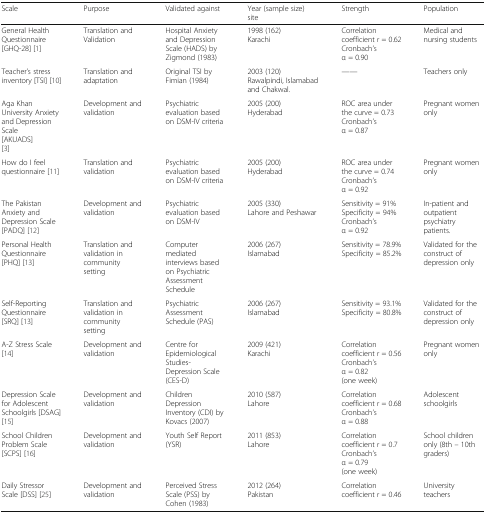
<table><thead><tr><td><b>Scale</b></td><td><b>Purpose</b></td><td><b>Validated against</b></td><td><b>Year (sample size)site</b></td><td><b>Strength</b></td><td><b>Population</b></td></tr></thead><tbody><tr><td>General Health Questionnaire [GHQ-28] [1]</td><td>Translation and Validation</td><td>Hospital Anxiety and Depression Scale (HADS) by Zigmond (1983)</td><td>1998 (162)Karachi</td><td>Correlation coefficient <i>r</i> = 0.62Cronbach’s α = 0.90</td><td>Medical and nursing students</td></tr><tr><td>Teacher’s stress inventory [TSI] [10]</td><td>Translation and adaptation</td><td>Original TSI by Fimian (1984)</td><td>2003 (120)Rawalpindi, Islamabad and Chakwal.</td><td>----</td><td>Teachers only</td></tr><tr><td>Aga Khan University Anxiety and Depression Scale[AKUADS][3]</td><td>Development and validation</td><td>Psychiatric evaluation based on DSM-IV criteria</td><td>2005 (200)Hyderabad</td><td>ROC area under the curve = 0.73Cronbach’s α = 0.87</td><td>Pregnant women only</td></tr><tr><td>How do I feel questionnaire [11]</td><td>Translation and validation</td><td>Psychiatric evaluation based on DSM-IV criteria</td><td>2005 (200)Hyderabad</td><td>ROC area under the curve = 0.74Cronbach’s α = 0.92</td><td>Pregnant women only</td></tr><tr><td>The Pakistan Anxiety and Depression Scale [PADQ] [12]</td><td>Development and validation</td><td>Psychiatric evaluation based on DSM-IV</td><td>2005 (330)Lahore and Peshawar</td><td>Sensitivity = 91%Specificity = 94%Cronbach’s α = 0.92</td><td>In-patient and outpatient psychiatry patients.</td></tr><tr><td>Personal Health Questionnaire [PHQ] [13]</td><td>Translation and validation in community setting</td><td>Computer mediated interviews based on Psychiatric Assessment Schedule</td><td>2006 (267)Islamabad</td><td>Sensitivity = 78.9%Specificity = 85.2%</td><td>Validated for the construct of depression only</td></tr><tr><td>Self-Reporting Questionnaire [SRQ] [13]</td><td>Translation and validation in community setting</td><td>Psychiatric Assessment Schedule (PAS)</td><td>2006 (267)Islamabad</td><td>Sensitivity = 93.1%Specificity = 80.8%</td><td>Validated for the construct of depression only</td></tr><tr><td>A-Z Stress Scale [14]</td><td>Development and validation</td><td>Centre for Epidemiological Studies- Depression Scale (CES-D)</td><td>2009 (421)Karachi</td><td>Correlation coefficient <i>r</i> = 0.56Cronbach’s α = 0.82 (one week)</td><td>Pregnant women only</td></tr><tr><td>Depression Scale for Adolescent Schoolgirls [DSAG] [15]</td><td>Development and validation</td><td>Children Depression Inventory (CDI) by Kovacs (2007)</td><td>2010 (587)Lahore</td><td>Correlation coefficient <i>r</i> = 0.68Cronbach’s α = 0.88</td><td>Adolescent schoolgirls</td></tr><tr><td>School Children Problem Scale [SCPS] [16]</td><td>Development and validation</td><td>Youth Self Report (YSR)</td><td>2011 (853)Lahore</td><td>Correlation coefficient <i>r</i> = 0.7Cronbach’s α = 0.79 (one week)</td><td>School children only (8th – 10th graders)</td></tr><tr><td>Daily Stressor Scale [DSS] [25]</td><td>Development and validation</td><td>Perceived Stress Scale (PSS) by Cohen (1983)</td><td>2012 (264)Pakistan</td><td>Correlation coefficient <i>r</i> = 0.46</td><td>University teachers</td></tr></tbody></table>